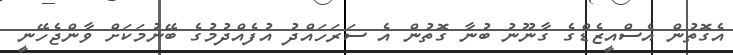
އެގޮތުން އެސްއީޒެޑްގެ ގާނޫނު ބުނާ ގޮތުން އެ ސަރަހައްދު އުފެއްދުމުގެ ބޭނުމަކަށް ވާންޖެހޭނީ